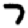
Digit: 7